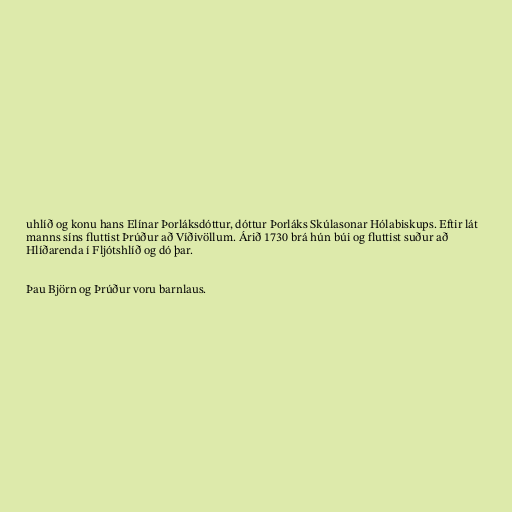
uhlíð og konu hans Elínar Þorláksdóttur, dóttur Þorláks Skúlasonar Hólabiskups. Eftir lát
manns síns fluttist Þrúður að Víðivöllum. Árið 1730 brá hún búi og fluttist suður að
Hlíðarenda í Fljótshlíð og dó þar.

Þau Björn og Þrúður voru barnlaus.